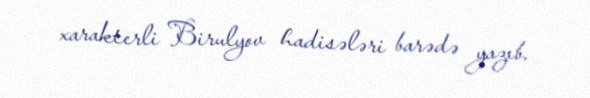
xarakterli Birulyov hadisələri barədə yazıb.